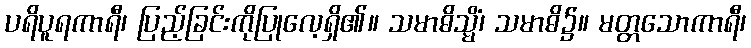
ပရိပူရကာရီ၊ ပြည့်ခြင်းကိုပြုလေ့ရှိ၏။ သမာဓိသ္မိံ၊ သမာဓိ၌။ မတ္တသောကာရီ၊